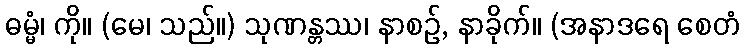
ဓမ္မံ၊ ကို။ (မေ၊ သည်။) သုဏန္တဿ၊ နာစဉ်, နာခိုက်။ (အနာဒရေ စေတံ